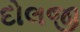
દોલજી